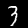
Digit: 3